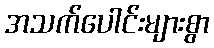
အသက်ပေါင်းများစွာ